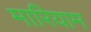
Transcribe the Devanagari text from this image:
मारियाम